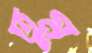
তুম